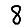
Digit: 8